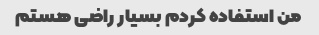
من استفاده کردم بسیار راضی هستم